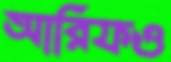
আরিফও